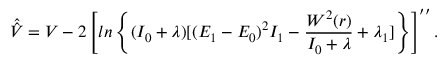
\hat { \hat { V } } = V - 2 \left[ l n \left\{ ( I _ { 0 } + \lambda ) { [ ( E _ { 1 } - E _ { 0 } ) ^ { 2 } I _ { 1 } - \frac { W ^ { 2 } ( r ) } { I _ { 0 } + \lambda } + \lambda _ { 1 } ] } \right\} \right] ^ { \prime \prime } .